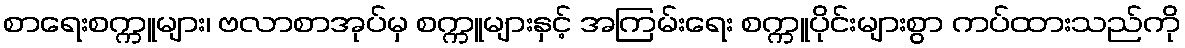
စာရေးစက္ကူများ၊ ဗလာစာအုပ်မှ စက္ကူများနှင့် အကြမ်းရေး စက္ကူပိုင်းများစွာ ကပ်ထားသည်ကို